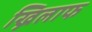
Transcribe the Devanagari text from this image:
ख्निलाफ